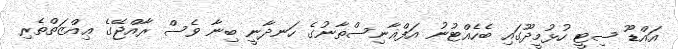
އައްޑޫ ސިޓީ ހުޅުމީދޫގައި ބެހެއްޓުނު އަފްޣާނިސްތާނުގެ ހަނދާނީ ބިނާ ވެސް ރާއްޖޭގެ ޢިއްޒަތްތެރި